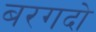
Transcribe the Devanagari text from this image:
बरगदो